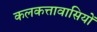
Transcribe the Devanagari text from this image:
कलकत्तावासियों